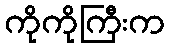
ကိုကိုကြီးက